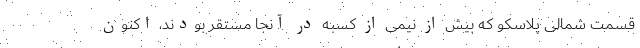
قسمت شمالی پلاسکو که بیش از نیمی از کسبه در آنجا مستقر بودند، اکنون